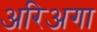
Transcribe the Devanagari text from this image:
अरिअगा